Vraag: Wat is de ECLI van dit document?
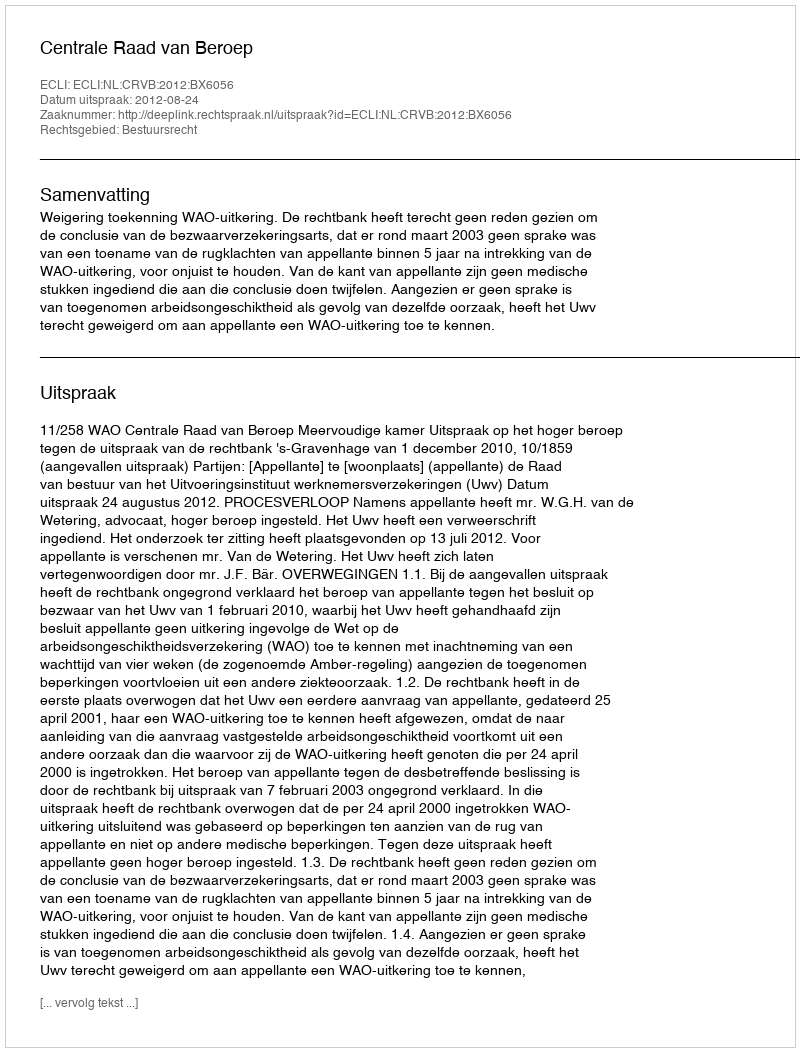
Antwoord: ECLI:NL:CRVB:2012:BX6056